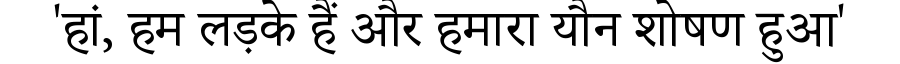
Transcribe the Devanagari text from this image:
'हां, हम लड़के हैं और हमारा यौन शोषण हुआ'